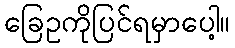
ခြေဥကိုပြင်ရမှာပေါ့။